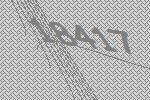
18417